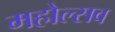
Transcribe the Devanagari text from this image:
महोल्सव